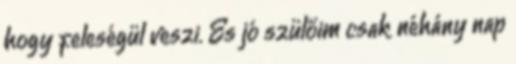
hogy feleségül veszi. És jó szülőim csak néhány nap